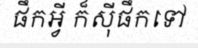
ផឹកអ្វី ក៏ស៊ីផឹកទៅ